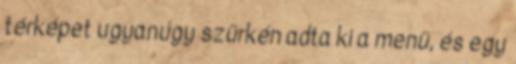
térképet ugyanúgy szürkén adta ki a menü, és egy